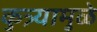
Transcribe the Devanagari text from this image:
कुत्र्यामुळे